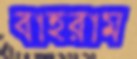
বাহরাম